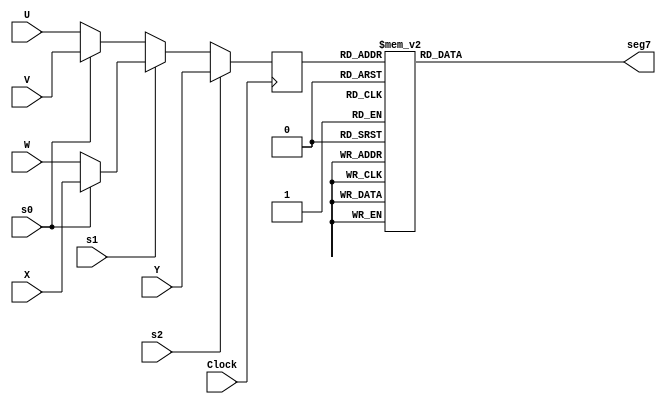
// modiule declaration
// input delclaration
// output declaration
// internal signal
// conbination logic

module ex2 (Clock,s2,s1,s0,U,V,W,X,Y,seg7);
parameter DATA_WIDTH = 3;
input   Clock;
input   s2,s1,s0;
input  [DATA_WIDTH-1:0] U;
input  [DATA_WIDTH-1:0] V;
input  [DATA_WIDTH-1:0] W;
input  [DATA_WIDTH-1:0] X;
input  [DATA_WIDTH-1:0] Y;
output           [6:0]  seg7;        


wire [DATA_WIDTH-1:0] A;
wire [DATA_WIDTH-1:0] B;
wire [DATA_WIDTH-1:0] C;

wire [DATA_WIDTH-1:0] D;
reg  [DATA_WIDTH-1:0] Qa;

reg [6:0] seg7;


assign A = (s0 == 0) ? U : V;
assign B = (s0 == 0) ? W : X;
assign C = (s1 == 0) ? A : B;
assign D = (s2 == 0) ? C : Y;



always @(posedge Clock) begin
    Qa <= D;
end
// Anot 7SEG
always @(Qa) begin
    case (Qa)
        3'd0: begin
            seg7=8'hC0;
        end
        3'd1: begin
            seg7=8'hF9;
        end
        3'd2: begin
            seg7=8'hA4;
        end
        3'd3: begin
            seg7=8'hB0;
        end
        3'd4: begin
            seg7=8'h99;
        end
        3'd5: begin
            seg7=8'h92;
        end
        3'd6: begin
            seg7=8'h82;
        end
        3'd7: begin
            seg7=8'hF8;
        end
    endcase    
end

endmodule